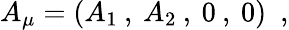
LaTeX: A_{\mu}=(A_{1}\: ,\: A_{2}\: ,\: 0\: ,\: 0)~~,